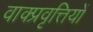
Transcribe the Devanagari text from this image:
वाक्प्रवृत्तियों